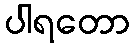
ပါရတော